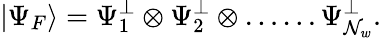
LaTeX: \left|\Psi_{F}\right\rangle=\Psi_{1}^{\perp}\otimes\Psi_{2}^{\perp}\otimes\ldots\ldots\Psi_{\mathcal{N}_{w}}^{\perp}.